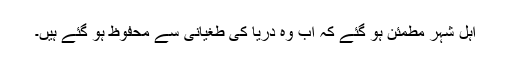
اہل شہر مطمئن ہو گئے کہ اب وہ دریا کی طغیانی سے محفوظ ہو گئے ہیں۔